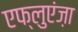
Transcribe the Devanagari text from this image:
एफ्लुएंज़ा